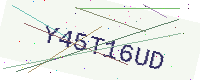
Text: Y45T16UD